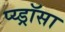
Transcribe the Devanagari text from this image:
प्य्ड्रॉसा